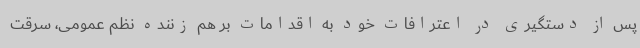
پس از دستگیری در اعترافات خود به اقدامات بر هم زننده نظم عمومی، سرقت